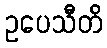
ဥပေသီတိ